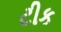
ટીક